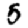
Digit: 5